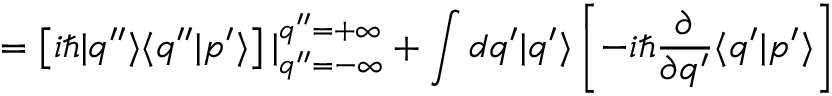
= \left[ i \hbar | q ^ { \prime \prime } \rangle \langle q ^ { \prime \prime } | p ^ { \prime } \rangle \right] | _ { q ^ { \prime \prime } = - \infty } ^ { q ^ { \prime \prime } = + \infty } + \int d q ^ { \prime } | q ^ { \prime } \rangle \left[ - i \hbar \frac { \partial } { \partial q ^ { \prime } } \langle q ^ { \prime } | p ^ { \prime } \rangle \right]